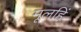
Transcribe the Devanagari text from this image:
मूलहिं